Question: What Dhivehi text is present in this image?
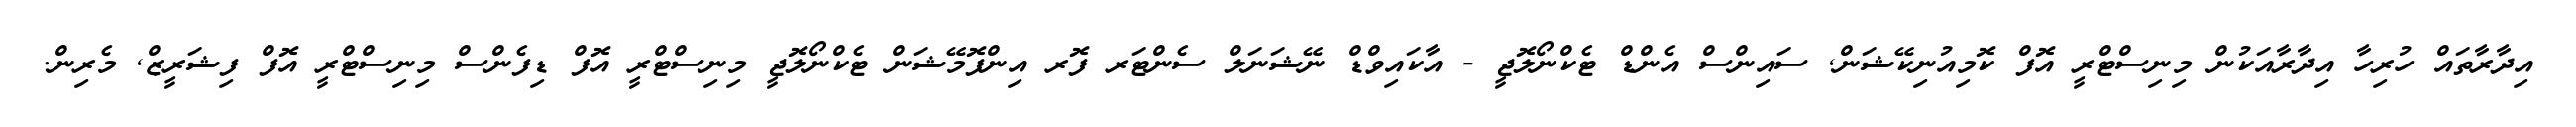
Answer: އިދާރާތައް ހުރިހާ އިދާރާއަކުން މިނިސްޓްރީ އޮފް ކޮމިއުނިކޭޝަން, ސައިންސް އެންޑް ޓެކްނޯލޮޖީ - އާކައިވްޑް ނޭޝަނަލް ސެންޓަރ ފޮރ އިންފޮމޭޝަން ޓެކްނޯލޮޖީ މިނިސްޓްރީ އޮފް ޑިފެންސް މިނިސްޓްރީ އޮފް ފިޝަރީޒް, މެރިން.